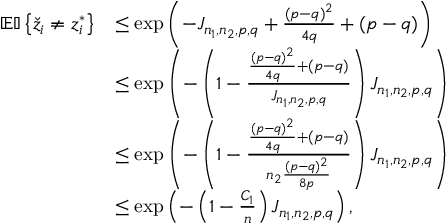
\begin{array} { r l } { \mathbb { E } { \mathbb { I } \left\{ { \check { z } _ { i } \neq z _ { i } ^ { * } } \right\} } } & { \leq \exp \left( - J _ { n _ { 1 } , n _ { 2 } , p , q } + \frac { ( p - q ) ^ { 2 } } { 4 q } + ( p - q ) \right) } \\ & { \leq \exp \left( - \left( 1 - \frac { \frac { ( p - q ) ^ { 2 } } { 4 q } + ( p - q ) } { J _ { n _ { 1 } , n _ { 2 } , p , q } } \right) J _ { n _ { 1 } , n _ { 2 } , p , q } \right) } \\ & { \leq \exp \left( - \left( 1 - \frac { \frac { ( p - q ) ^ { 2 } } { 4 q } + ( p - q ) } { n _ { 2 } \frac { ( p - q ) ^ { 2 } } { 8 p } } \right) J _ { n _ { 1 } , n _ { 2 } , p , q } \right) } \\ & { \leq \exp \left( - \left( 1 - \frac { C _ { 1 } } { n } \right) J _ { n _ { 1 } , n _ { 2 } , p , q } \right) , } \end{array}